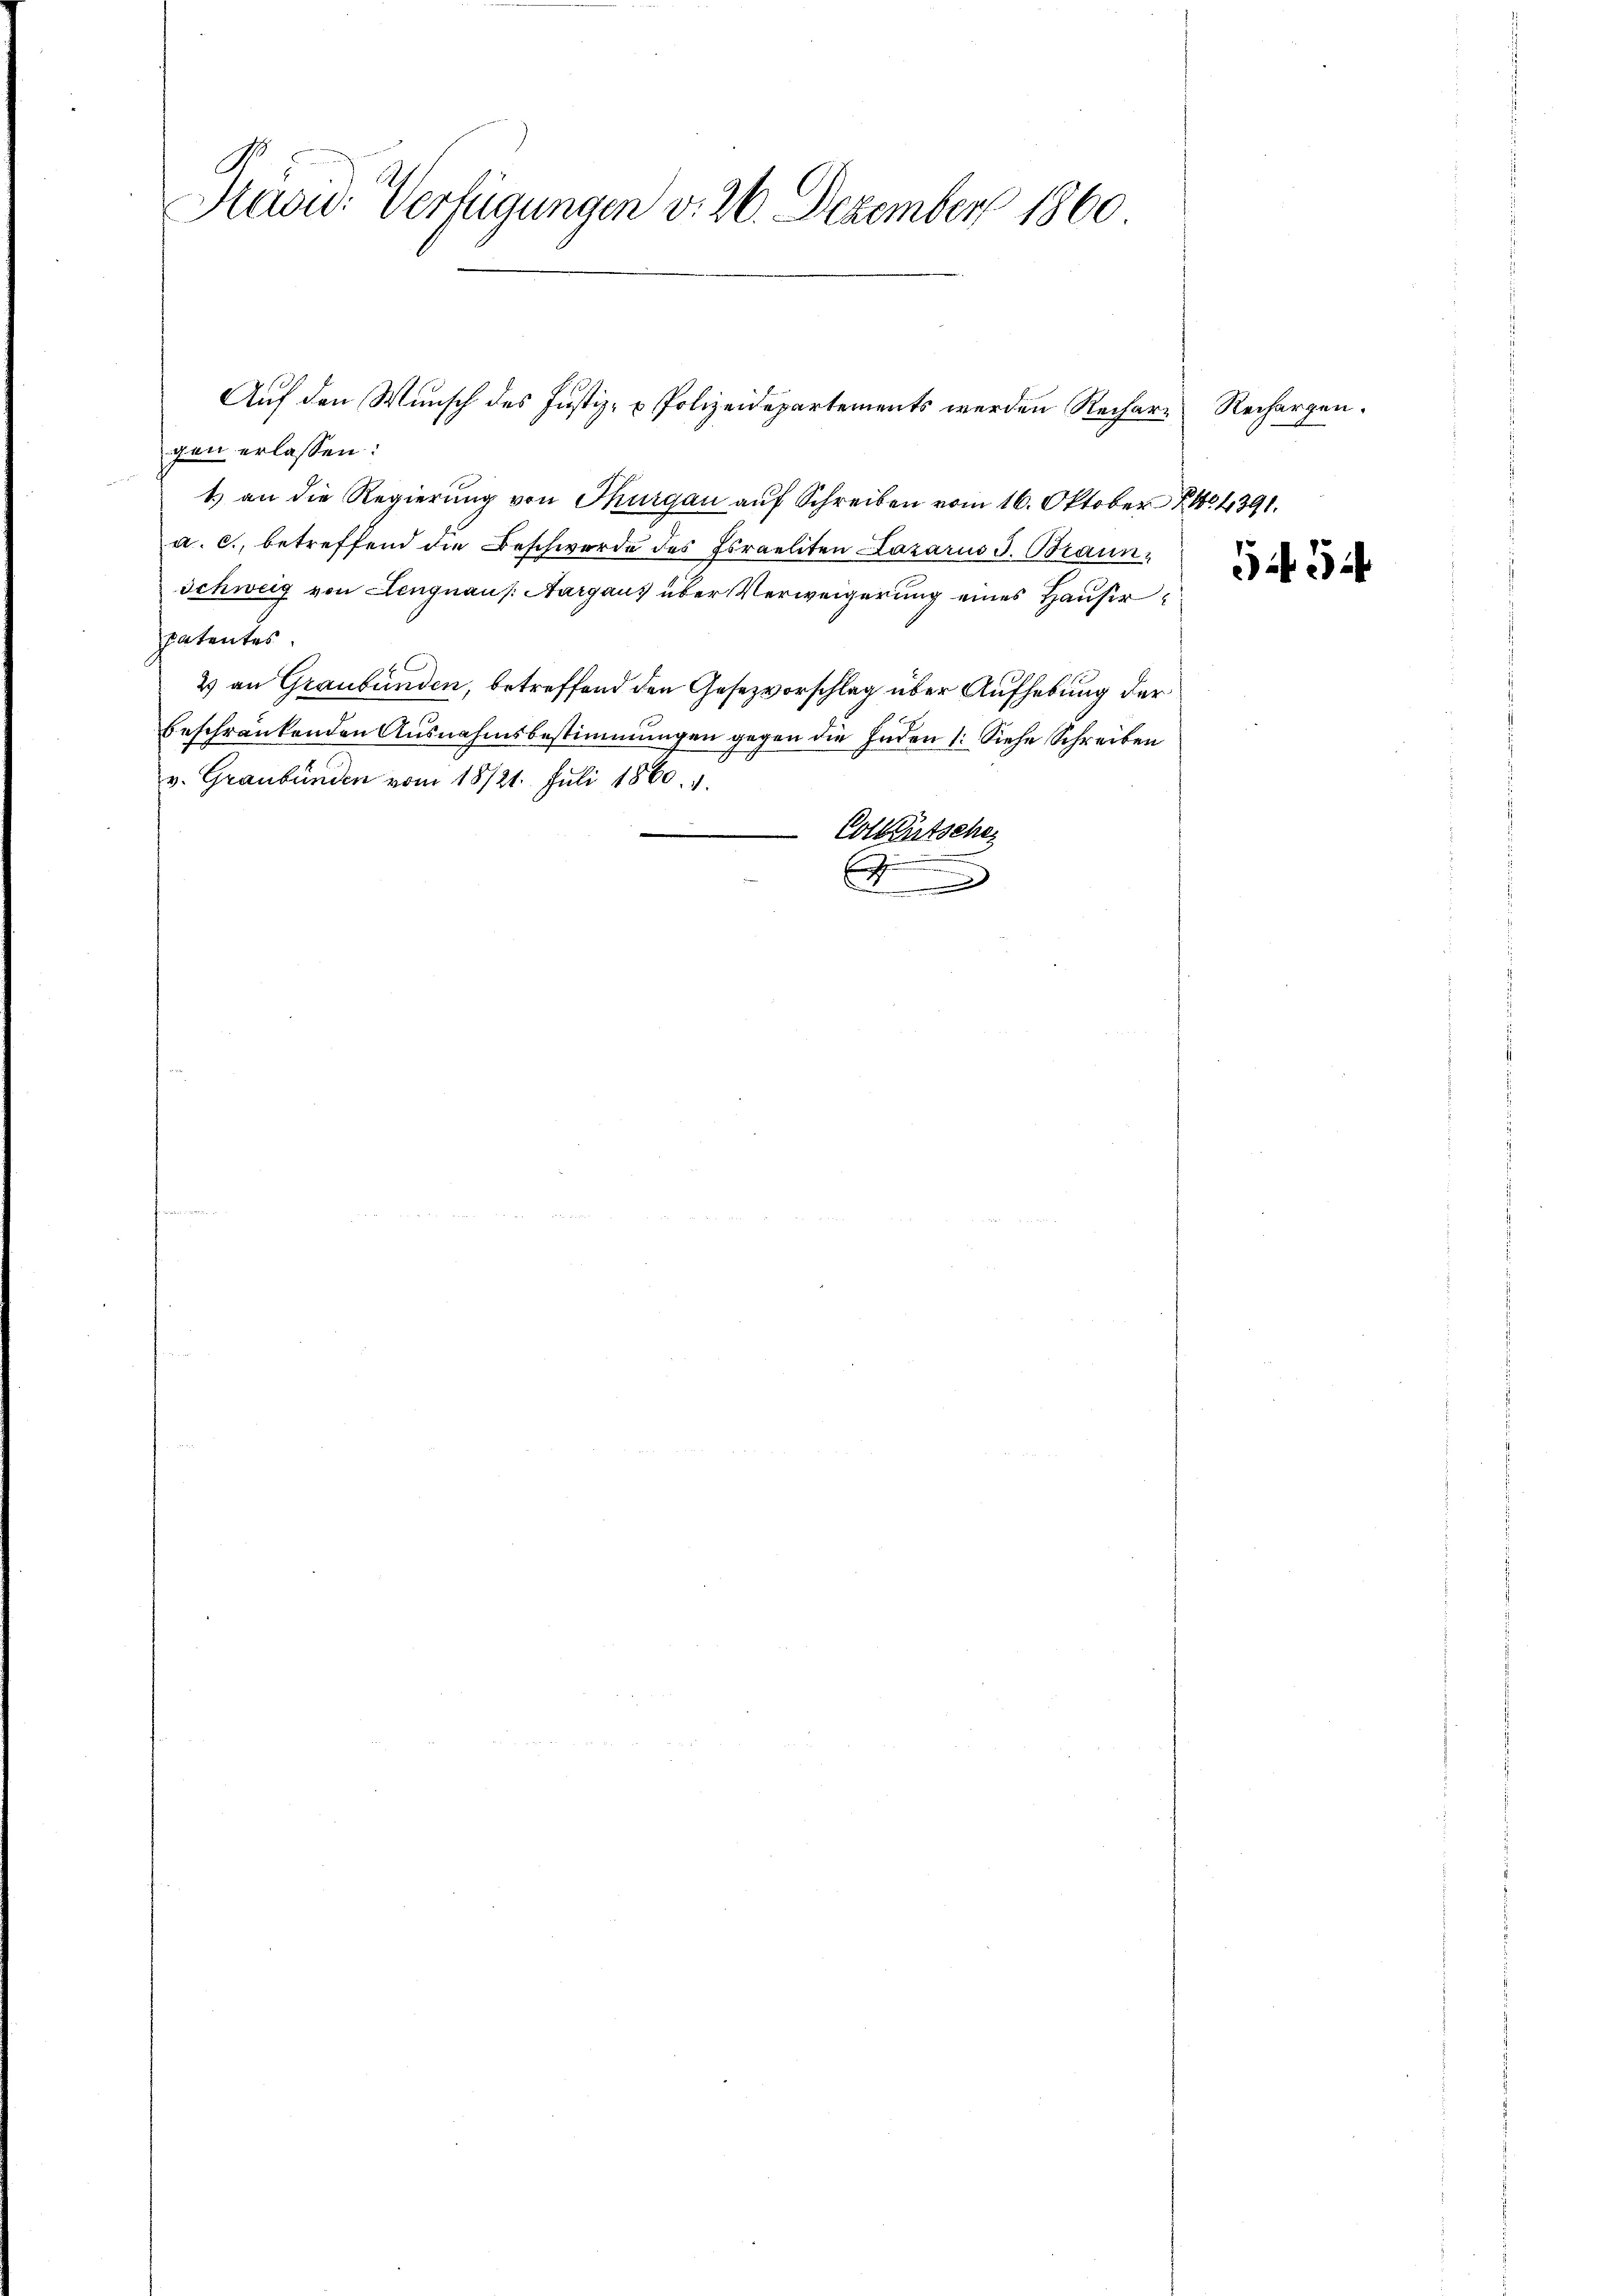
E
Haou: Verfügungen v. 26. Dezember 1860

gen erlassen:
1.) an die Regierung von Thurgau auf Schreiben vom 16. Oktober 14391.
a. c., betreffend die Beschwerde des Israeliten Lazarus J. Braun¬
Schweig von Lengnau s. Aargaus über Verweigerung eines Hausirpatentes
2 an Graubünden, betreffend den Gesezvorschlag über Aufhebung der
beschränkenden Ausnahmsbestimmungen gegen die Inden 1. Siehe Schreiben
v. Graubünden vom 18/21. Juli 1860. 1.
Colleutsche
E
)

Auf den Wunsch des Justiz- & Polizeidepartements werden Rechares Rechargen.

Gif. 34